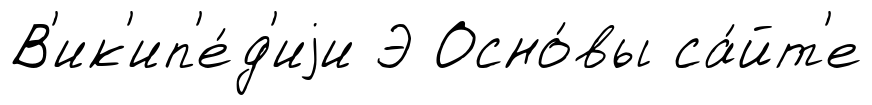
В'ик'ип'е́д'иjи Э Осно́вы са́йт'е